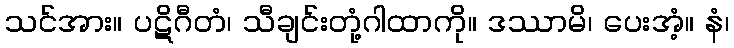
သင်အား။ ပဋိဂီတံ၊ သီချင်းတုံ့ဂါထာကို။ ဒဿာမိ၊ ပေးအံ့။ နံ၊